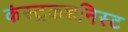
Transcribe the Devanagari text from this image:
कंस्ट्रकशनिस्ट